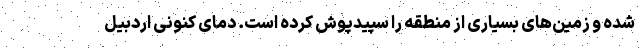
شده و زمین‌های بسیاری از منطقه را سپیدپوش کرده است. دمای کنونی اردبیل